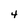
Character: 4